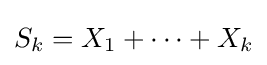
S_{k}=X_{1}+\cdots +X_{k}